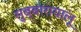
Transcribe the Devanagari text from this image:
सुब्बारायालू